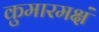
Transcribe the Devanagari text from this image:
कुमारमक्षं